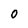
Character: O